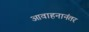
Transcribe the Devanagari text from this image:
आवाहनानंतर